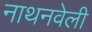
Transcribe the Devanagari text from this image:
नाथनवेली